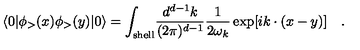
\langle 0 | \phi _ { > } ( x ) \phi _ { > } ( y ) | 0 \rangle = \int _ { \mathrm { s h e l l } } \! { \frac { d ^ { d - 1 } k } { ( 2 \pi ) ^ { d - 1 } } } { \frac { 1 } { 2 \omega _ { k } } } \exp [ i k \cdot ( x - y ) ] \quad .